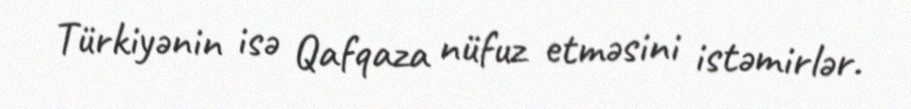
Türkiyənin isə Qafqaza nüfuz etməsini istəmirlər.